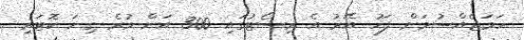
ހަމަޖެއްސުމަށް ފަހު އޭރު އެ ރިސޯޓުގައި 300 އަށް ވުރެ ގިނަ ކޮޓަރި